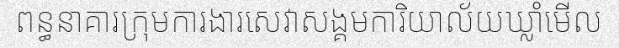
ពន្ធនាគារក្រុមការងារសេវាសង្គមការិយាល័យឃ្លាំមើល